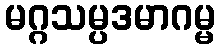
မဂ္ဂသမ္ပဒမာဂမ္မ